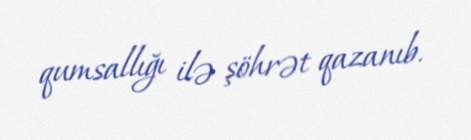
qumsallığı ilə şöhrət qazanıb.